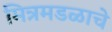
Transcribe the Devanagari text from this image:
मित्रमडळाचे